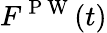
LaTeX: F^{\mathrm{~P~W~}}(t)